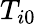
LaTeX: T_{i0}